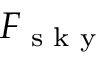
F _ { \textrm { s k y } }